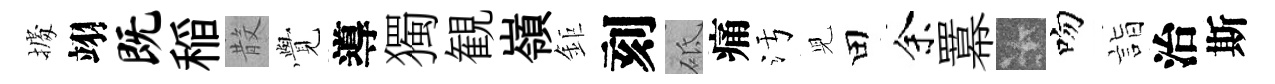
𢴃翊既稲𣪚𮗜導獨観嶺鉅刻砥痛污児田余羃卡吻詣治斯